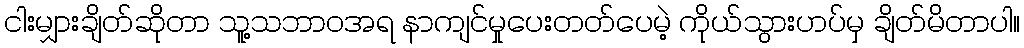
ငါးမျှားချိတ်ဆိုတာ သူ့သဘာဝအရ နာကျင်မှုပေးတတ်ပေမဲ့ ကိုယ်သွားဟပ်မှ ချိတ်မိတာပါ။